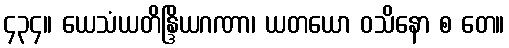
၄၃၄။ ယေသံယတိန္ဒြိယဂဏာ၊ ယတယော ဝသိနော စ တေ။